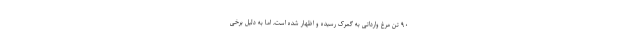
۹۰ تن مرغ وارداتی به گمرک رسیده و اظهار شده است، اما به دلیل برخی